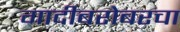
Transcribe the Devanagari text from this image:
गादीबरोबरचा